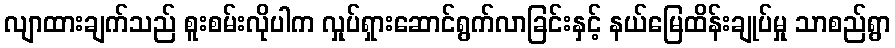
လျာထားချက်သည် စူးစမ်းလိုပါက လှုပ်ရှားဆောင်ရွက်လာခြင်းနှင့် နယ်မြေထိန်းချုပ်မှု သာစည်ရွာ